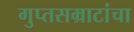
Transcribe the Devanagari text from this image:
गुप्तसम्राटांचा